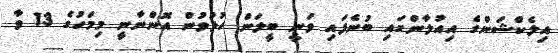
އިލެކްޝަންގެ އިއުލާންގައި ބުނެފައި ވަނީ ބީލަން ހުޅުވުން އޮންނާނީ މިމަހުގެ 13 ވާ